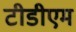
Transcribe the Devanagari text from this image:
टीडीएम